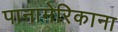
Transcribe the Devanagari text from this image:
पानामेरिकाना